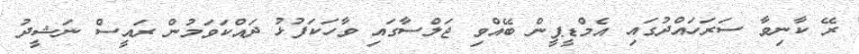
ރޭ ކާނިވާ ސަރަހައްދުގައި އެމްޑީޕީން ބޭއްވި ޖަލްސާގައި ވާހަކަފުޅު ދައްކަވަމުން ރައީސް ނަޝީދު